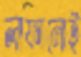
লাফানোই